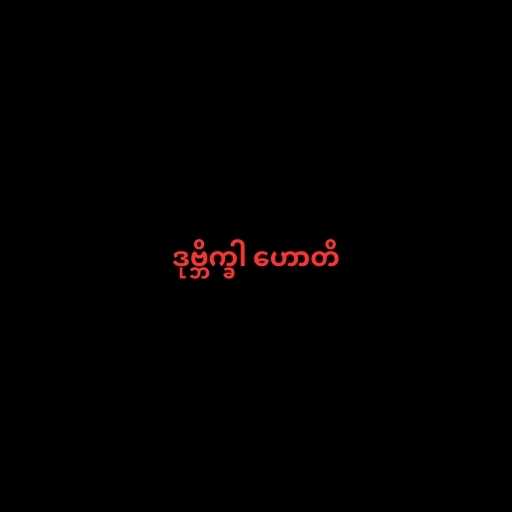
ဒုဗ္ဘိက္ခါ ဟောတိ